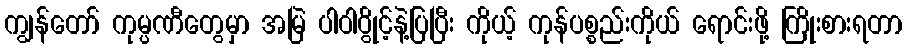
ကျွန်တော် ကုမ္ပဏီတွေမှာ အမြဲ ပါဝါပွိုင့်နဲ့ပြပြီး ကိုယ့် ကုန်ပစ္စည်းကိုယ် ရောင်းဖို့ ကြိုးစားရတာ